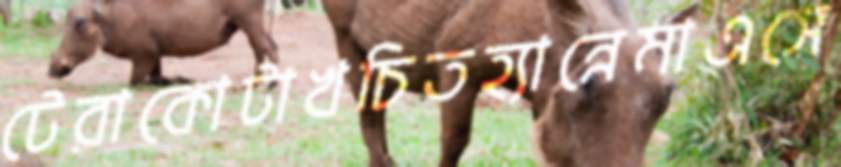
টেরাকোটাখচিতহ্যান্নেমাএসে